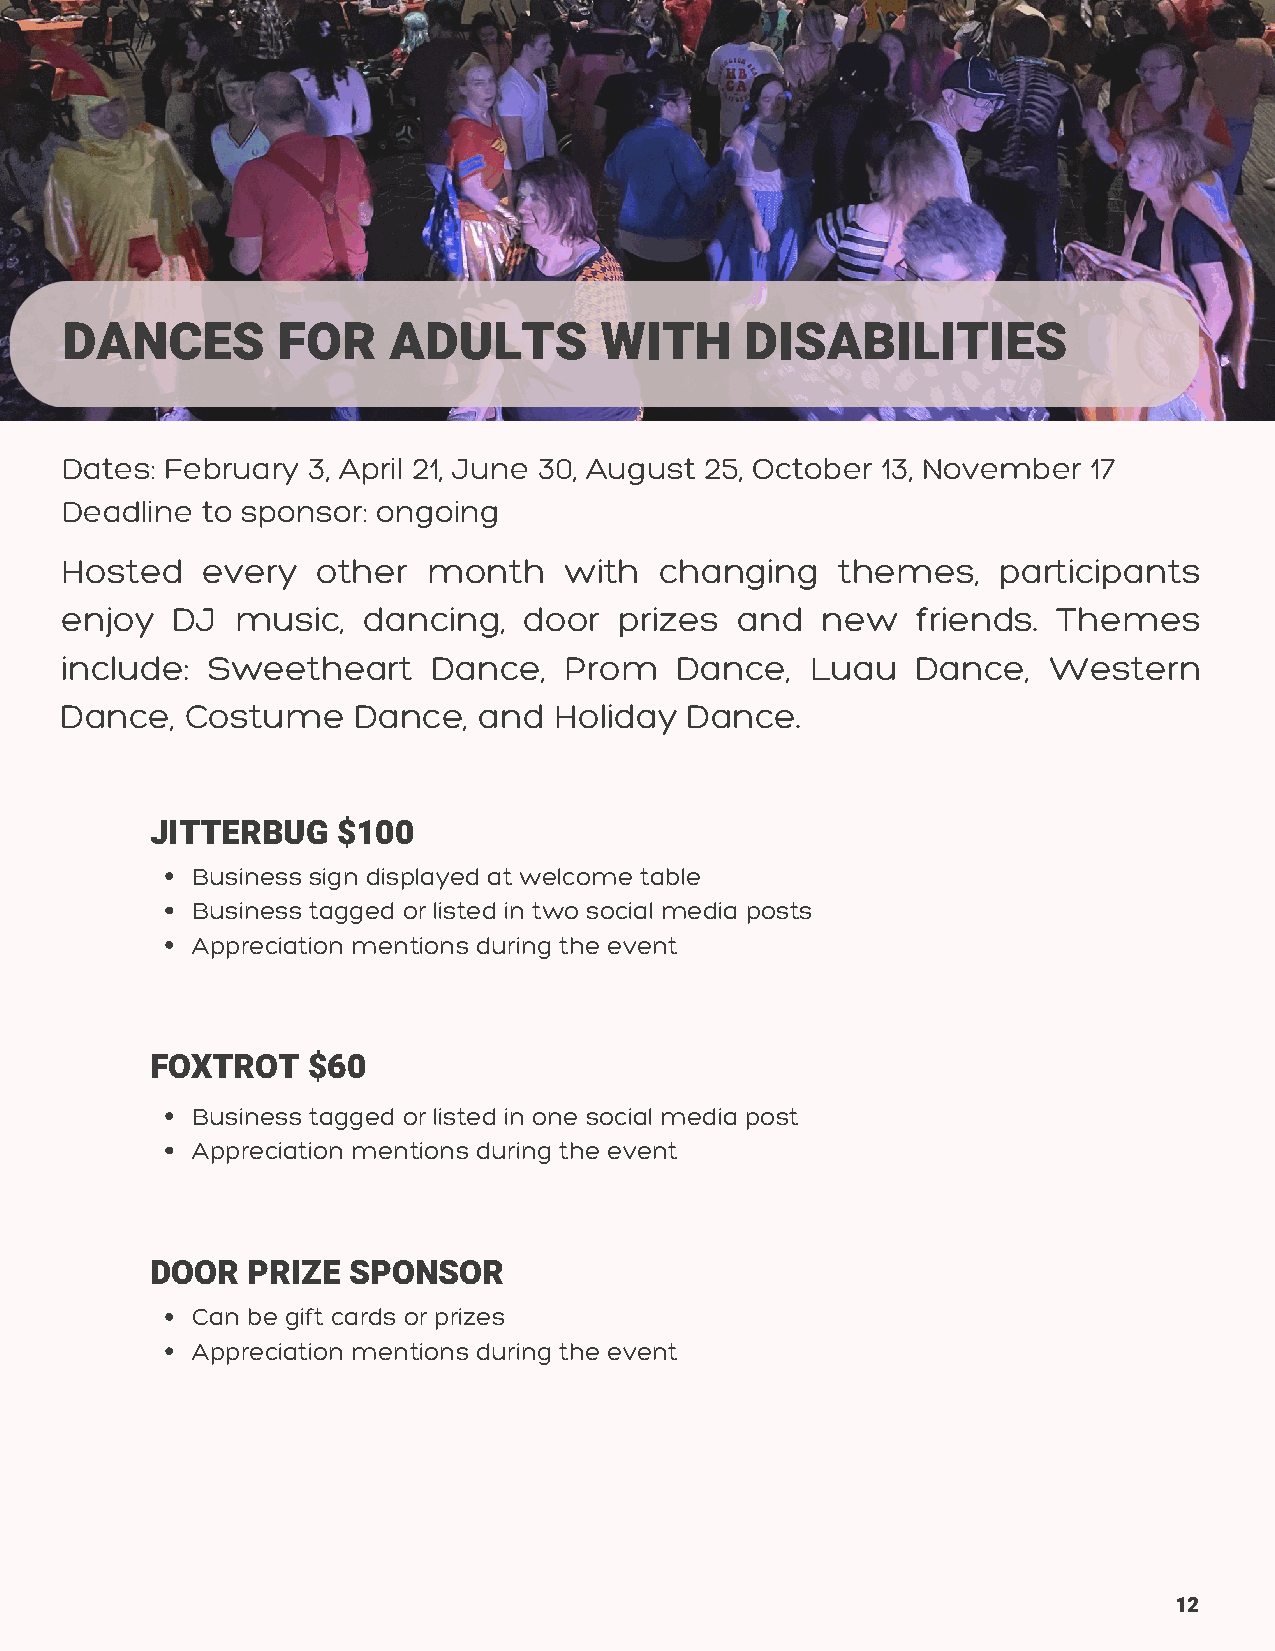
DANCES        FOR     ADULTS        WITH     DISABILITIES
 Dates: February 3, April 21, June 30, August 25, October 13, November 17
 Deadline to sponsor: ongoing
 Hosted   every   other  month    with   changing   themes,    participants
 enjoy  DJ   music,  dancing,   door  prizes  and  new    friends. Themes
 include:  Sweetheart     Dance,  Prom    Dance,   Luau   Dance,  Western
 Dance,  Costume    Dance,   and  Holiday  Dance.
 JITTERBUG   $100
 Business sign displayed at welcome table
 Business tagged or listed in two social media posts
 Appreciation mentions during the event
 FOXTROT   $60
 Business tagged or listed in one social media post
 Appreciation mentions during the event
 DOOR  PRIZE  SPONSOR
 Can be gift cards or prizes
 Appreciation mentions during the event
 12